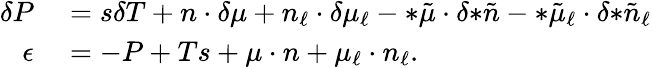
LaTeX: \begin{array}{rl}{\delta P}&{{}=s\delta T+n\cdot\delta\mu+n_{\ell}\cdot\delta\mu_{\ell}-{*\tilde{\mu}}\cdot\delta{*\tilde{n}}-{*\tilde{\mu}_{\ell}}\cdot\delta{*\tilde{n}_{\ell}}}\\ {\epsilon}&{{}=-P+Ts+\mu\cdot n+\mu_{\ell}\cdot n_{\ell}.}\end{array}